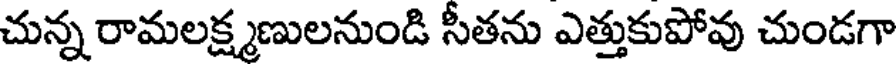
చున్న రామలక్ష్మణులనుండి సీతను ఎత్తుకుపోవు చుండగా